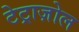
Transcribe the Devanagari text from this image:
टेट्राज़ोल